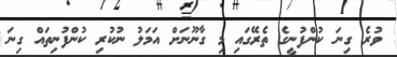
ވުރެ ގިނަ ކުންފުނީގެ ތެރޭގައި މި ގާނޫނަށް އަމަލު ނުކުރި ކުންފުނިތައް ގިނަ